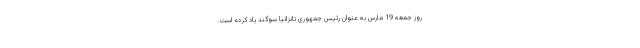
روز جمعه 19 مارس به عنوان رئیس‌ جمهوری تانزانیا سوگند یاد کرده است.